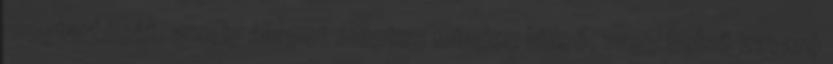
megtartását, amely állapot mentes minden külső, vagy belső zavaró